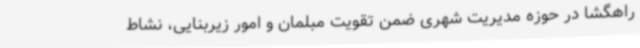
راهگشا در حوزه مدیریت شهری ضمن تقویت مبلمان و امور زیربنایی، نشاط